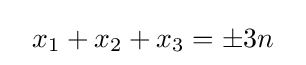
~~x_{1}+x_{2}+x_{3}=\pm 3n~~